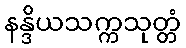
နန္ဒိယသက္ကသုတ္တံ